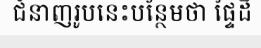
ជំនាញរូបនេះបន្ថែមថា ផ្ទៃដី